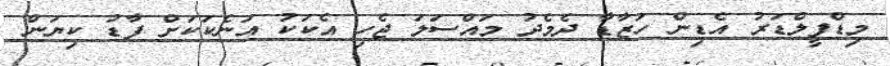
މިޑްފީލްޑަރު އެޑިން ހަޒާޑާ ދެމެދު މައްސަލަ ޖެހި އެކަކު އަނެކަކަށް ފާޑު ކިޔަން